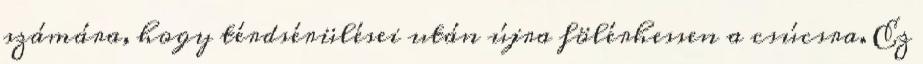
számára, hogy térdsérülései után újra fölérhessen a csúcsra. Ez